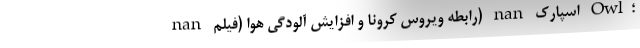
nan رابطه ویروس کرونا و افزایش آلودگی هوا (فیلم) nan اَسپارک Owl؛